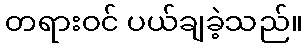
တရားဝင် ပယ်ချခဲ့သည်။